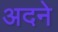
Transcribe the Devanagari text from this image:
अदने